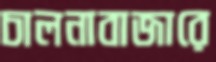
চালনাবাজারে